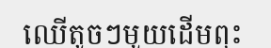
ឈើតូចៗមួយដើមពុះ